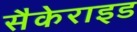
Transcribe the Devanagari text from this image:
सैकेराइड